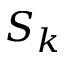
S _ { k }